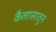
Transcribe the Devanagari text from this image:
कैलासातुन